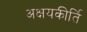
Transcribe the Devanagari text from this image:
अक्षयकीर्ति